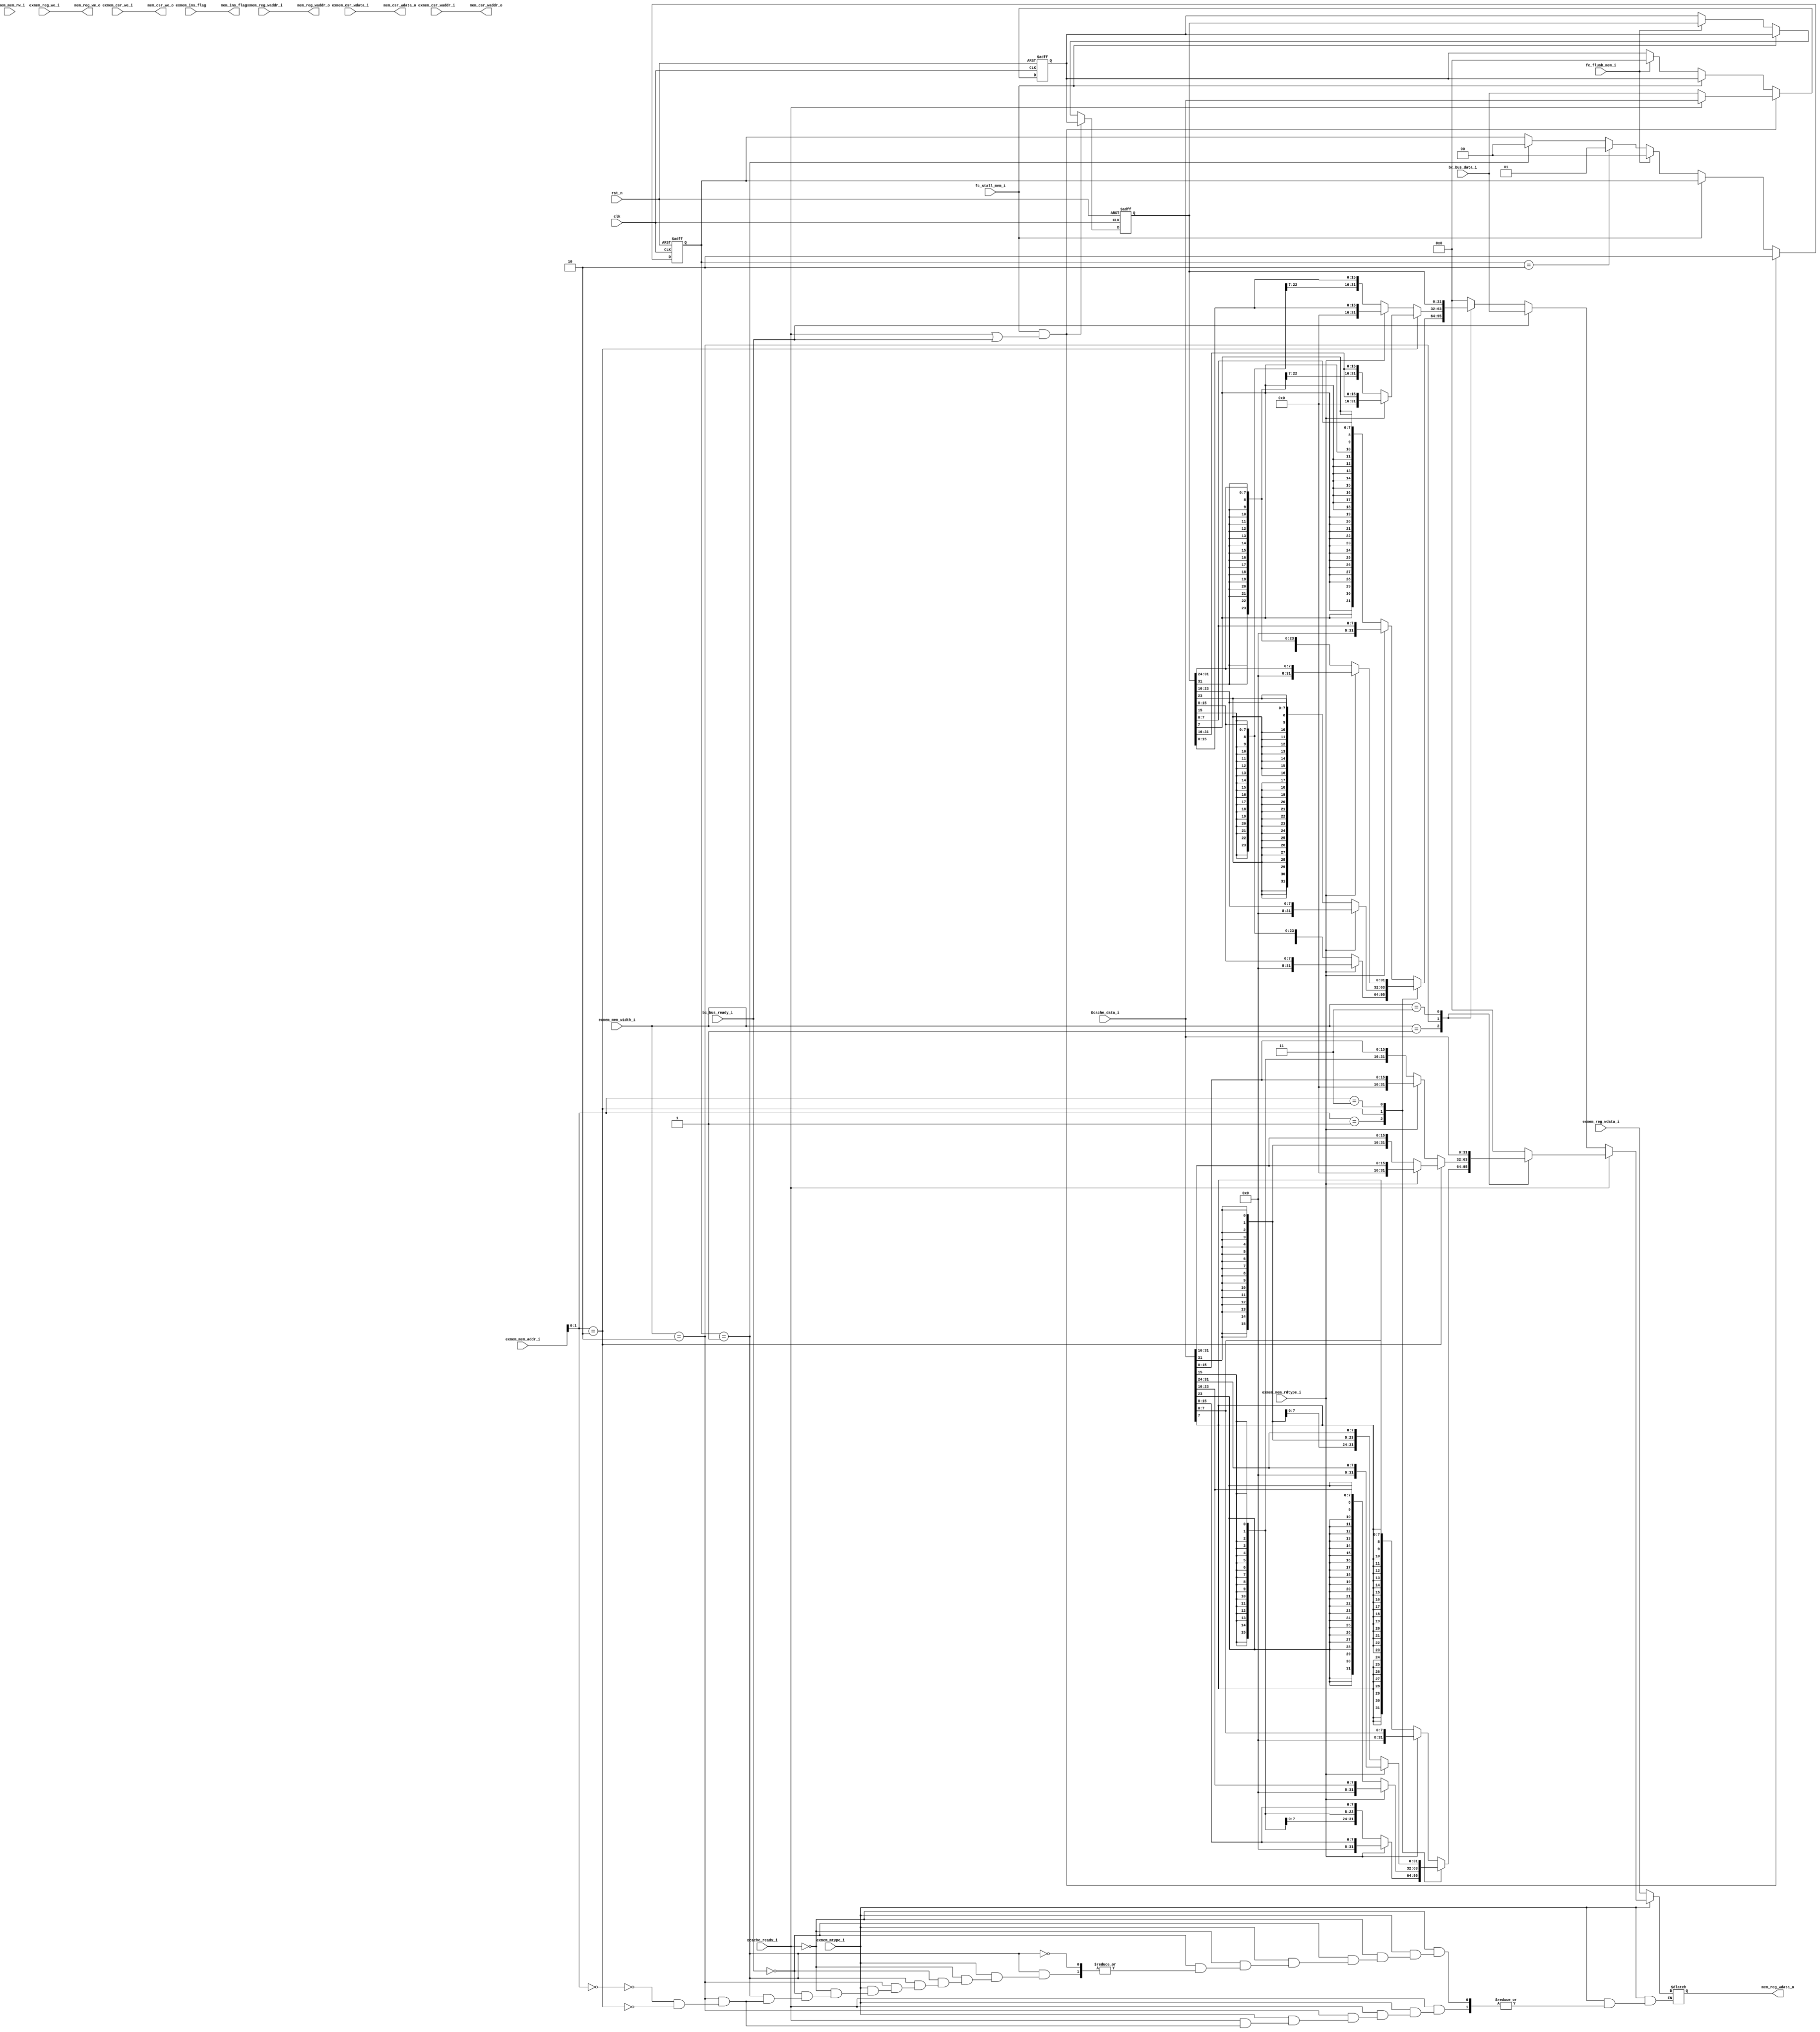
module MEM (
    input   wire                    clk,
    input   wire                    rst_n,
    //from ex_mem_reg
    input   wire            [31:0]  exmem_reg_wdata_i,
    input   wire            [4:0]   exmem_reg_waddr_i,
    input   wire                    exmem_reg_we_i,

    input   wire            [31:0]  exmem_csr_wdata_i,
    input   wire            [11:0]  exmem_csr_waddr_i,
    input   wire                    exmem_csr_we_i,

    input   wire                    exmem_mtype_i,          
    input   wire                    exmem_mem_rw_i,        
    input   wire            [1:0]   exmem_mem_width_i,  
    input   wire            [31:0]  exmem_mem_addr_i,
    input   wire                    exmem_mem_rdtype_i,


    input   wire                    exmem_ins_flag,

    //to mem_wb_reg
    output  reg             [31:0]  mem_reg_wdata_o,
    output  wire            [4:0]   mem_reg_waddr_o,
    output  wire                    mem_reg_we_o,

    output  wire            [31:0]  mem_csr_wdata_o,
    output  wire            [11:0]  mem_csr_waddr_o,
    output  wire                    mem_csr_we_o,

    output  wire                    mem_ins_flag,

    //from Dcache
    input   wire                    Dcache_ready_i,
    input   wire            [31:0]  Dcache_data_i,

    //from fc
    input   wire                    fc_stall_mem_i,
    input   wire                    fc_flush_mem_i,

    //from bc
    input   wire                    bc_bus_ready_i,
    input   wire            [31:0]  bc_bus_data_i
    

);

    assign mem_ins_flag = exmem_ins_flag;

    assign mem_csr_wdata_o = exmem_csr_wdata_i;
    assign mem_csr_waddr_o = exmem_csr_waddr_i;
    assign mem_csr_we_o = exmem_csr_we_i;

  
    assign mem_reg_waddr_o = exmem_reg_waddr_i;
    assign mem_reg_we_o = exmem_reg_we_i;



    //------------for stall
    reg [31:0]  Data_Buffer;
    reg [1:0]        Dcache_in_Buffer;

    reg [31:0]  Buffer_out;                         //exbcDcachestallexmemex_reg_addr
                                                    //stall0,exmemexMEM
    always@(posedge clk or negedge rst_n)begin
        if(rst_n == 1'b0)begin
            Data_Buffer <= 32'h0;
            Buffer_out <= 32'd0;
            Dcache_in_Buffer <= 1'b0;
        end

        //Icache stall and Dcache need give out data
        else if(fc_stall_mem_i == 1'b1 && (Dcache_ready_i == 1'b1 || bc_bus_ready_i == 1'b1))begin
            if(Dcache_ready_i)
                Data_Buffer <= Dcache_data_i;
            else 
                Data_Buffer <= bc_bus_data_i;
            Dcache_in_Buffer <= 2'd2;
            Buffer_out <= Data_Buffer;
        end
        else if(fc_stall_mem_i == 1'b1) begin//keep
            Dcache_in_Buffer <= Dcache_in_Buffer;
            Data_Buffer <= Data_Buffer;   
            Buffer_out <= Data_Buffer;
        end
        else if(fc_flush_mem_i == 1'b1)begin
            Dcache_in_Buffer <= 1'b0;
            Data_Buffer <= 32'h0;
        end
        else begin
            Data_Buffer <= Data_Buffer;
            Buffer_out <= Data_Buffer;
            
            if(Dcache_in_Buffer == 2'd2)
                Dcache_in_Buffer <= 2'd1;
            else if(Dcache_in_Buffer == 2'd1)
                Dcache_in_Buffer <= 2'd0;
            

        end
    end


    //-----------
    always@(*)begin
        if(exmem_mtype_i == 1'b1)begin
            if(Dcache_ready_i == 1'b1)begin
                case(exmem_mem_width_i)
                    2'b01: begin
                        case(exmem_mem_addr_i[1:0])
                            2'b00:begin
                                if(exmem_mem_rdtype_i == 1'd0)
                                    mem_reg_wdata_o = { {24{Dcache_data_i[7]}}, Dcache_data_i[7:0] };
                                else 
                                    mem_reg_wdata_o = { {24{1'd0}}, Dcache_data_i[7:0] };
                            end
                            2'b01:begin
                                if(exmem_mem_rdtype_i == 1'd0)
                                    mem_reg_wdata_o = { {24{Dcache_data_i[15]}}, Dcache_data_i[15:8] };
                                else 
                                    mem_reg_wdata_o = { {24{1'd0}}, Dcache_data_i[15:8] };
                            end
                            2'b10:begin
                                if(exmem_mem_rdtype_i == 1'd0)
                                    mem_reg_wdata_o = { {24{Dcache_data_i[23]}}, Dcache_data_i[23:16] };
                                else 
                                    mem_reg_wdata_o = { {24{1'd0}}, Dcache_data_i[23:16] };
                            end
                            2'b11:begin
                                if(exmem_mem_rdtype_i == 1'd0)
                                    mem_reg_wdata_o = { {24{Dcache_data_i[31]}}, Dcache_data_i[31:24] };
                                else 
                                    mem_reg_wdata_o = { {24{1'd0}}, Dcache_data_i[31:24] };
                            end
                            default:;
                        endcase
                    end
                    2'b10: begin
                        case(exmem_mem_addr_i[1:0])
                            2'b00:begin
                                if(exmem_mem_rdtype_i == 1'd0)
                                    mem_reg_wdata_o = { {24{Dcache_data_i[15]}}, Dcache_data_i[15:0] };
                                else 
                                    mem_reg_wdata_o = { {24{1'd0}}, Dcache_data_i[15:0] };
                            end
                            2'b10:begin
                                if(exmem_mem_rdtype_i == 1'd0)
                                    mem_reg_wdata_o = { {24{Dcache_data_i[31]}}, Dcache_data_i[31:16] };
                                else 
                                    mem_reg_wdata_o = { {24{1'd0}}, Dcache_data_i[31:16] };
                            end
                            default:;
                        endcase
                    end
                    
                    
                    2'b11: mem_reg_wdata_o = Dcache_data_i;
                    default: mem_reg_wdata_o = 32'h0;
                endcase
            end
            
            else if(bc_bus_ready_i == 1'b1) begin
                mem_reg_wdata_o = bc_bus_data_i;
            end
            else begin
                if(Dcache_in_Buffer == 2'b1) begin
                    case(exmem_mem_width_i)
                    2'b01: begin
                        case(exmem_mem_addr_i[1:0])
                            2'b00:begin
                                if(exmem_mem_rdtype_i == 1'd0)
                                    mem_reg_wdata_o = { {24{Buffer_out[7]}}, Buffer_out[7:0] };
                                else 
                                    mem_reg_wdata_o = { {24{1'd0}}, Buffer_out[7:0] };
                            end
                            2'b01:begin
                                if(exmem_mem_rdtype_i == 1'd0)
                                    mem_reg_wdata_o = { {24{Buffer_out[15]}}, Buffer_out[15:8] };
                                else 
                                    mem_reg_wdata_o = { {24{1'd0}}, Buffer_out[15:8] };
                            end
                            2'b10:begin
                                if(exmem_mem_rdtype_i == 1'd0)
                                    mem_reg_wdata_o = { {24{Buffer_out[23]}}, Buffer_out[23:16] };
                                else 
                                    mem_reg_wdata_o = { {24{1'd0}}, Buffer_out[23:16] };
                            end
                            2'b11:begin
                                if(exmem_mem_rdtype_i == 1'd0)
                                    mem_reg_wdata_o = { {24{Buffer_out[31]}}, Buffer_out[31:24] };
                                else 
                                    mem_reg_wdata_o = { {24{1'd0}}, Buffer_out[31:24] };
                            end
                            default:;
                        endcase
                    end
                    2'b10: begin
                        case(exmem_mem_addr_i[1:0])
                            2'b00:begin
                                if(exmem_mem_rdtype_i == 1'd0)
                                    mem_reg_wdata_o = { {24{Buffer_out[15]}}, Buffer_out[15:0] };
                                else 
                                    mem_reg_wdata_o = { {24{1'd0}}, Buffer_out[15:0] };
                            end
                            2'b10:begin
                                if(exmem_mem_rdtype_i == 1'd0)
                                    mem_reg_wdata_o = { {24{Buffer_out[31]}}, Buffer_out[31:16] };
                                else 
                                    mem_reg_wdata_o = { {24{1'd0}}, Buffer_out[31:16] };
                            end
                            default:;
                        endcase
                    end
                    
                    
                    2'b11: mem_reg_wdata_o = Buffer_out;
                    default: mem_reg_wdata_o = 32'h0;
                    endcase
                
                end
                else
                    mem_reg_wdata_o = mem_reg_wdata_o;   // =0 
            end
        end

        else
            mem_reg_wdata_o = exmem_reg_wdata_i;
    end








endmodule